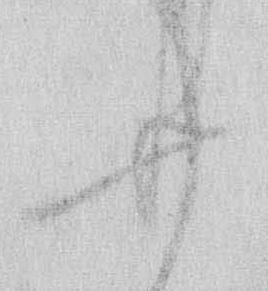
廿